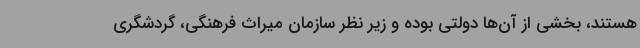
هستند، بخشی از آن‌ها دولتی بوده و زیر نظر سازمان میراث فرهنگی، گردشگری